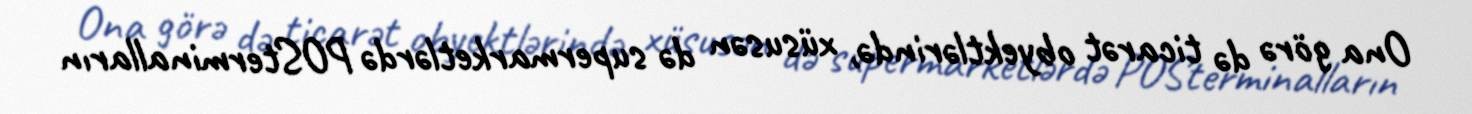
Ona görə də ticarət obyektlərində, xüsusən də supermarketlərdə POSterminalların